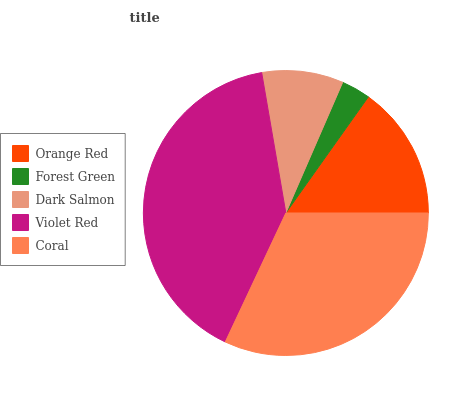
| Orange Red | Forest Green | Dark Salmon | Violet Red | Coral |
 | --- | --- | --- | --- | --- |
 | 15.2% | 3.3% | 9.24% | 40.3% | 32% |